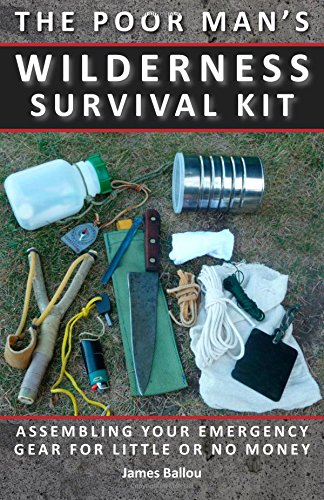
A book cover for Poor Man's Wilderness Survival Kit: Assembling Your Emergency Gear for Little or No Money; James Ballou; Sports & Outdoors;